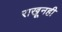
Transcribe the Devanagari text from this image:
राखूनही